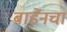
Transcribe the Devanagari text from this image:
बाडेनचा